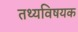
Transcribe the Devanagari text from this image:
तथ्यविषयक